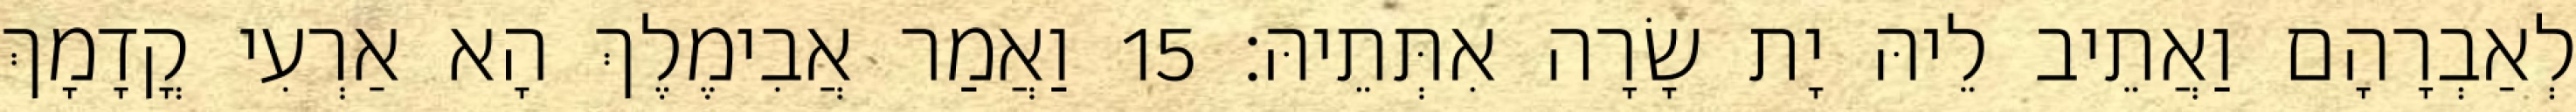
לְאַבְרָהָם וַאֲתֵיב לֵיהּ יָת שָׂרָה אִתְּתֵיהּ׃ 15 וַאֲמַר אֲבִימֶלֶךְ הָא אַרְעִי קֳדָמָךְ